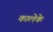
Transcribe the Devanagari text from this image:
कालेके